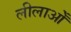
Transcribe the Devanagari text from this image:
लीलाओँ